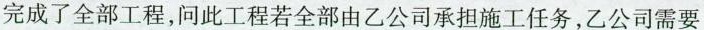
完成了全部工程，问此工程若全部由乙公司承担施工任务，乙公司需要